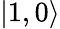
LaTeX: \left|1,0\right\rangle